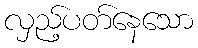
လှည့်ပတ်နေသော